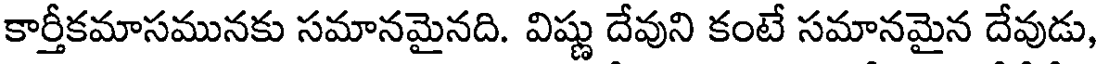
కార్తీకమాసమునకు సమానమైనది. విష్ణు దేవుని కంటే సమానమైన దేవుడు,